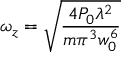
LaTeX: \omega _ { z } = { \sqrt { \frac { 4 P _ { 0 } \lambda ^ { 2 } } { m \pi ^ { 3 } w _ { 0 } ^ { 6 } } } }